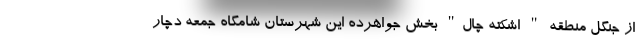
از جنگل منطقه " اشکته چال" بخش جواهرده این شهرستان شامگاه جمعه دچار